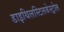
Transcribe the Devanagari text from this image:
डाइथिलस्टिलबेस्ट्रोल